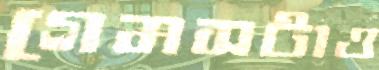
গেমসটাও